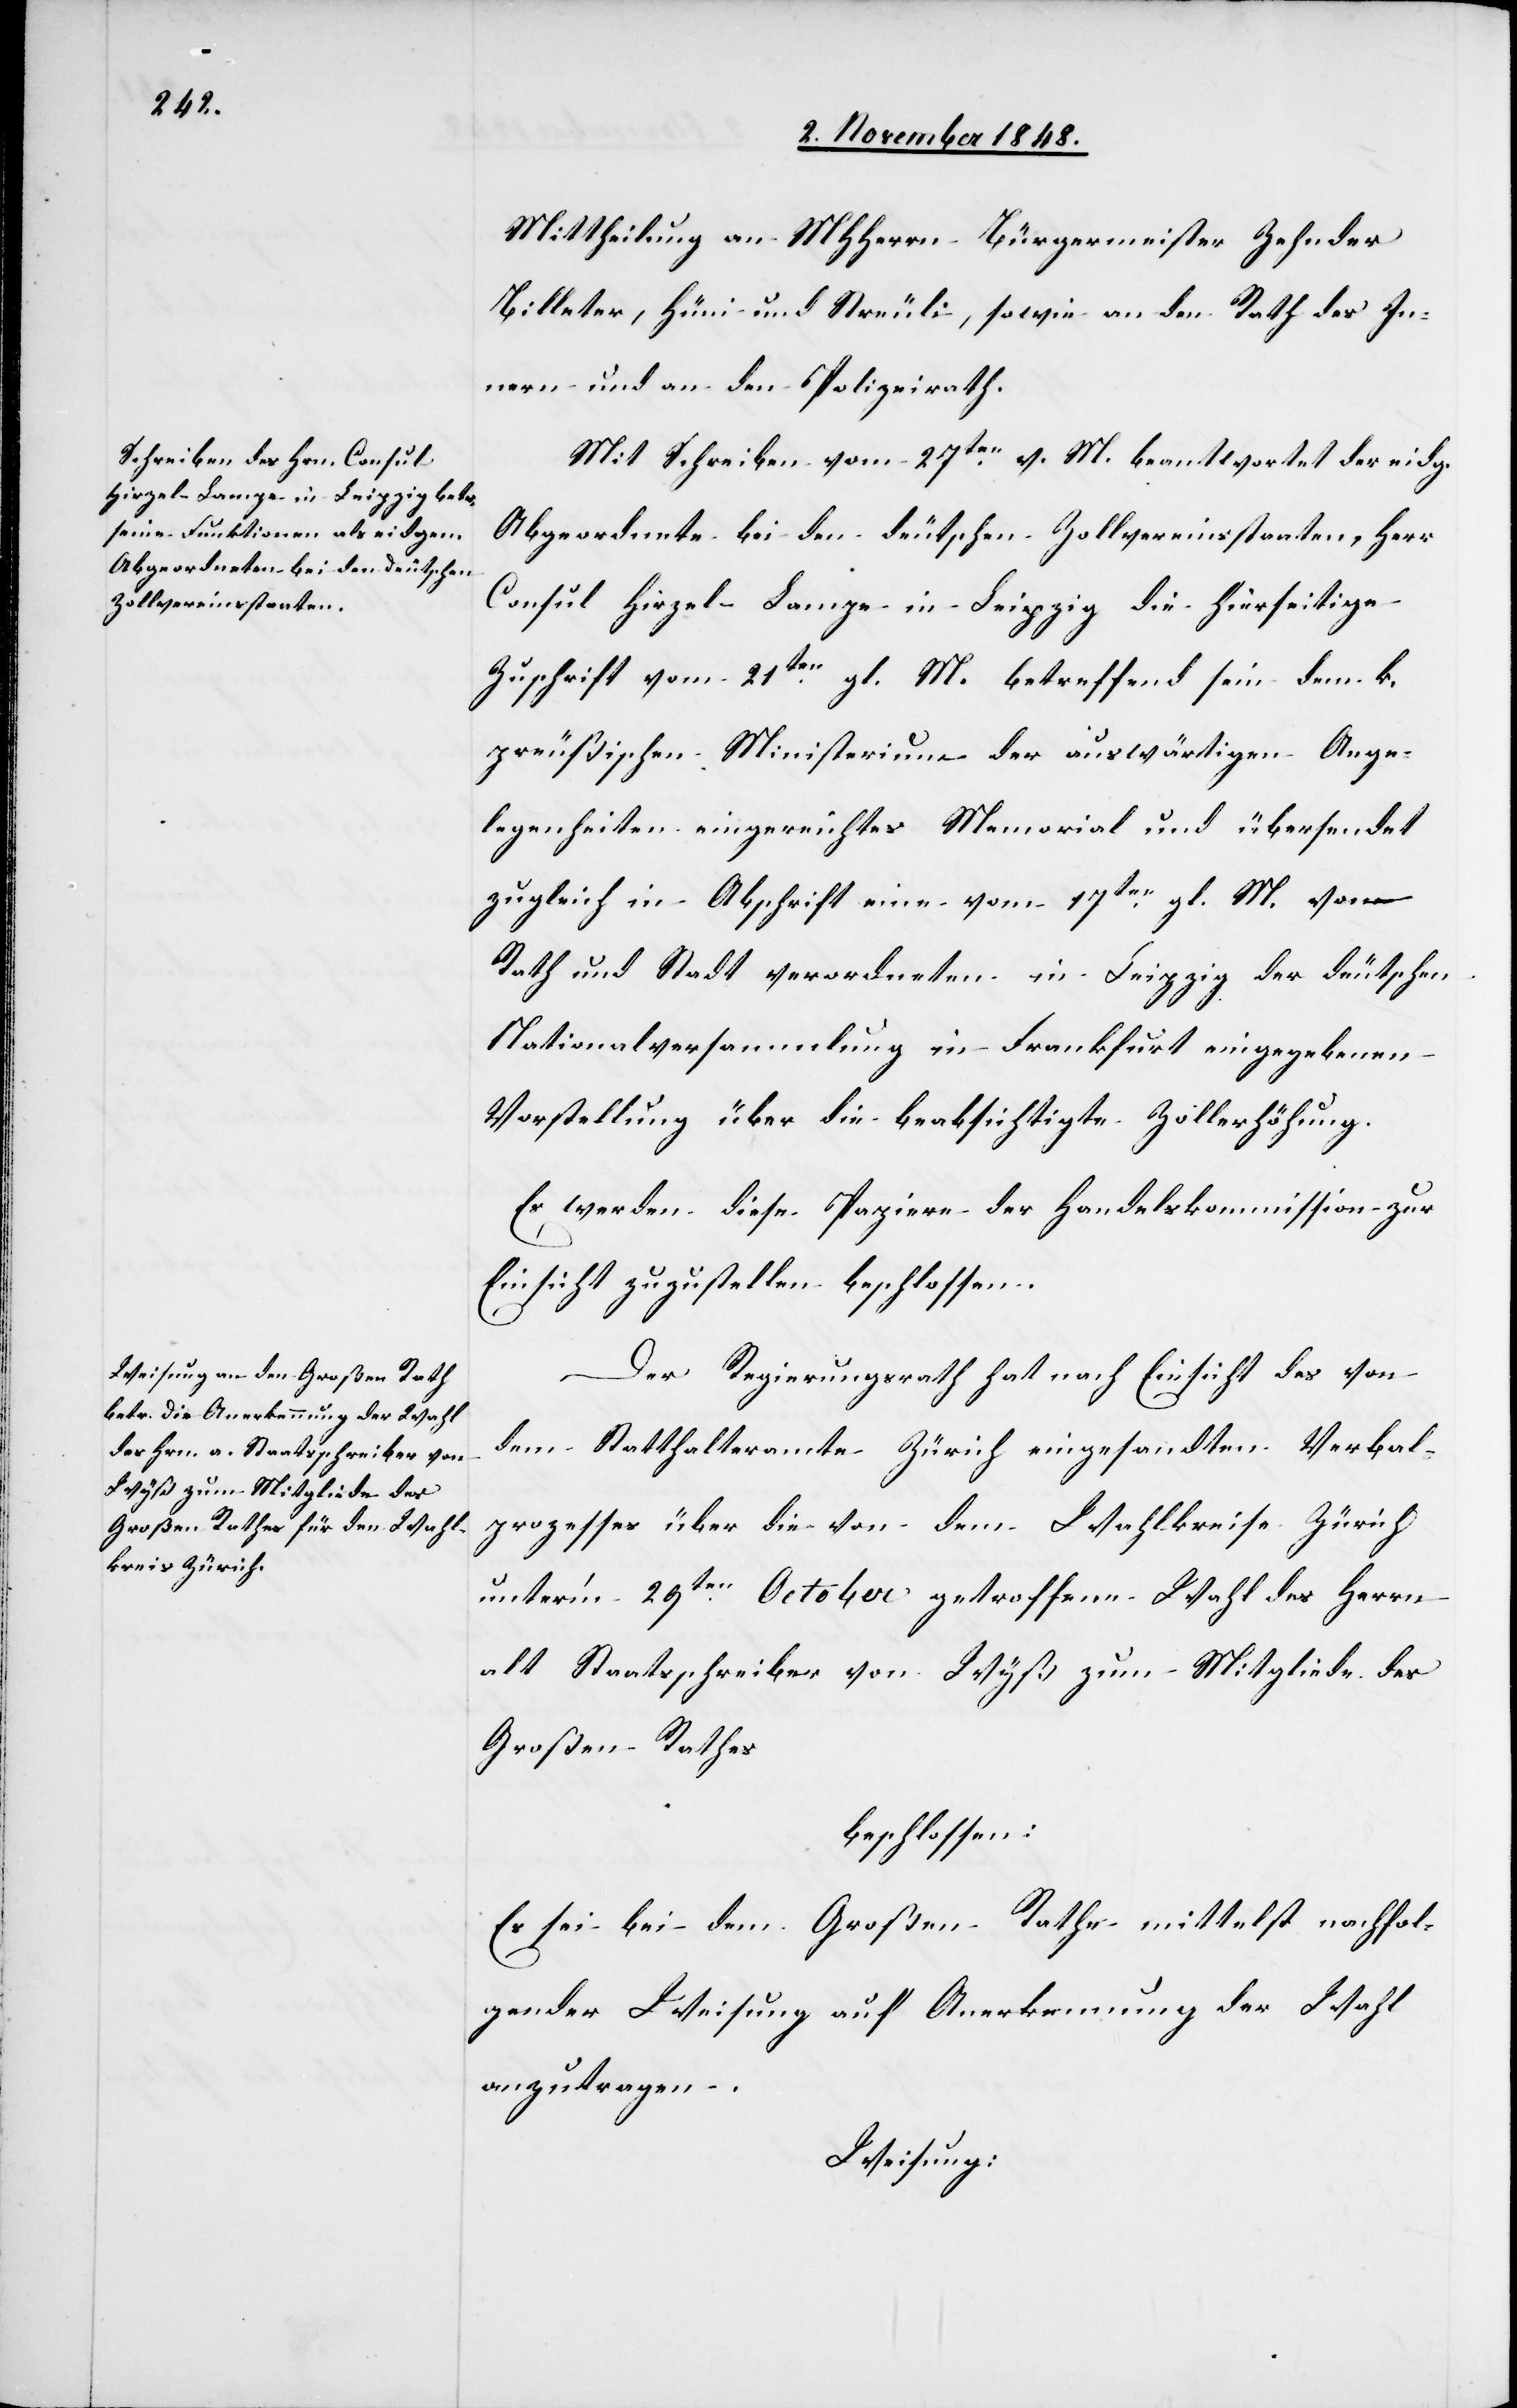
Mittheilung an MHHerrn Bürgermeister Zehnder
Billeter, Hüni und Streuli, sowie an den Rath des In¬
nern und an den Polizeirath.
Mit Schreiben vom 27ten beantwortet der eidg.
Abgeordnete bei den deutschen Zollvereinsstaaten, Herr
Consul Hirzel-Lampe in Leipzig die hierseitige
Zuschrift vom 21ten gl. M. betreffend sein dem k.
preußischen Ministerium der auswärtigen Ange¬
legenheiten eingereichtes Memorial und übersendet
zugleich in Abschrift eine vom 17ten gl. M. vom
Rath und Stadt verordneten in Leipzig der deutschen
Nationalversammlung in Frankfurt eingegebenen
Vorstellung über die beabsichtigte Zollerhöhung.
Es werden diese Papiere der Handelskommission zur
Einsicht zuzustellen beschlossen.
Der Regierungsrath hat nach Einsicht des von
dem Statthalteramte Zürich eingesandten Verbal¬
prozesses über die von dem Wahlkreise Zürich
unter’m 29ten October getroffene Wahl des Herrn
alt Staatsschreiber von Wyß zum Mitgliede des
Großen Rathes
beschlossen:
Es sei bei dem Großen Rathe mittelst nachfol¬
gender Weisung auf Anerkennung der Wahl
anzutragen.
Weisung: